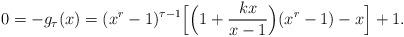
LaTeX: \begin{align*}0=-g_\tau(x)=(x^r-1)^{\tau-1}\Bigl[\Bigl(1+\frac{kx}{x-1}\Bigr)(x^r-1)-x\Bigr]+1.\end{align*}